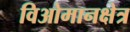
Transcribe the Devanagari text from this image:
विओमानक्षेत्र